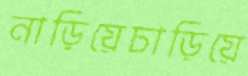
নাড়িয়েচাড়িয়ে